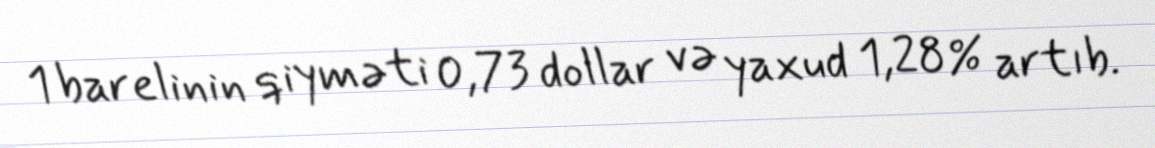
1 barelinin qiyməti 0,73 dollar və yaxud 1,28% artıb.